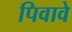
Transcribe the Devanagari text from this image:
पिवावे